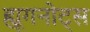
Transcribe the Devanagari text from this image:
ह्यूगनोट्स